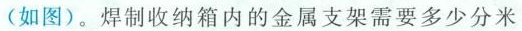
焊制收纳箱内的金属支架需要多少分米